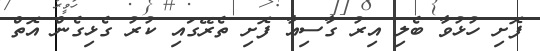
ފޮށި ހުޅުވާ ބެލި އިރު ގާސިއާ ފޮށި ތެރޭގައި ކުރު ގެޅިގެން އޮތް